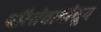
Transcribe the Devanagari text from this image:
परिसंवादांतून